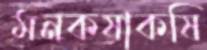
মনকষাকষি